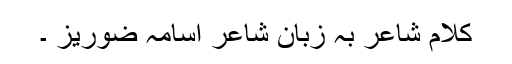
کلامِ شاعر بہ زبانِ شاعر اسامہ ضوریز ۔